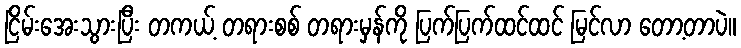
ငြိမ်းအေးသွားပြီး တကယ့် တရားစစ် တရားမှန်ကို ပြက်ပြက်ထင်ထင် မြင်လာ တော့တာပဲ။